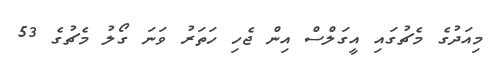
މިއަދުގެ މެޗުގައި އީގަލްސް އިން ޖެހި ހަތަރު ވަނަ ގޯލު މެޗުގެ 53